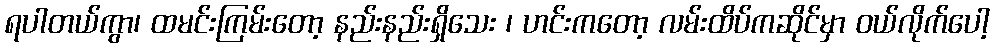
ရပါတယ်ကွာ၊ ထမင်းကြမ်းတော့ နည်းနည်းရှိသေး ၊ ဟင်းကတော့ လမ်းထိပ်ကဆိုင်မှာ ဝယ်လိုက်ပေါ့